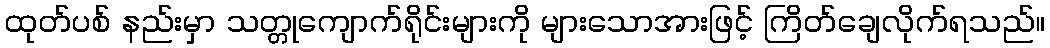
ထုတ်ပစ် နည်းမှာ သတ္တုကျောက်ရိုင်းများကို များသောအားဖြင့် ကြိတ်ချေလိုက်ရသည်။